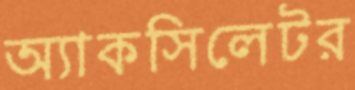
অ্যাকসিলেটর